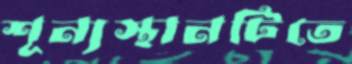
শূন্যস্থানটিতে